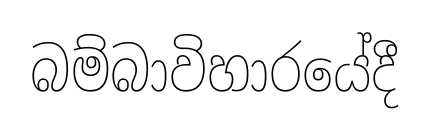
බම්බාවිහාරයේදී